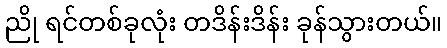
ညို ရင်တစ်ခုလုံး တဒိန်းဒိန်း ခုန်သွားတယ်။